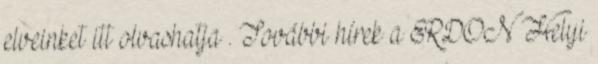
elveinket itt olvashatja . További hírek a ERDON Helyi